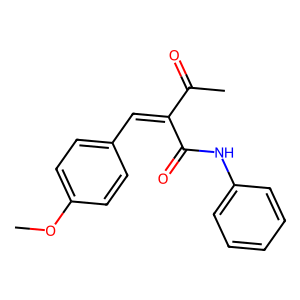
SMILES: COc1ccc(C=C(C(C)=O)C(=O)Nc2ccccc2)cc1
Inhibits HIV replication: No